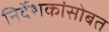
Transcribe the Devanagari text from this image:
निर्देशकांसोबत